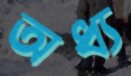
অধ্য